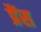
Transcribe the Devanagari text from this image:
प्रैंस